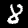
Digit: 8